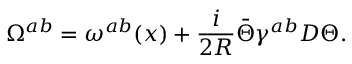
\Omega ^ { a b } = \omega ^ { a b } ( x ) + { \frac { i } { 2 R } } \bar { \Theta } \gamma ^ { a b } { \cal D } \Theta .